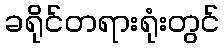
ခရိုင်တရားရုံးတွင်